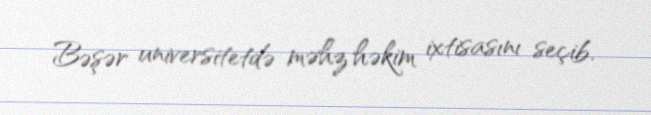
Bəşər universitetdə məhz həkim ixtisasını seçib.